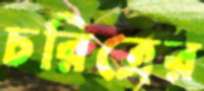
চরিত্রের